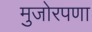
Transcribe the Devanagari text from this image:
मुजोरपणा